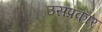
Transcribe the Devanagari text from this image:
उसप्रकार